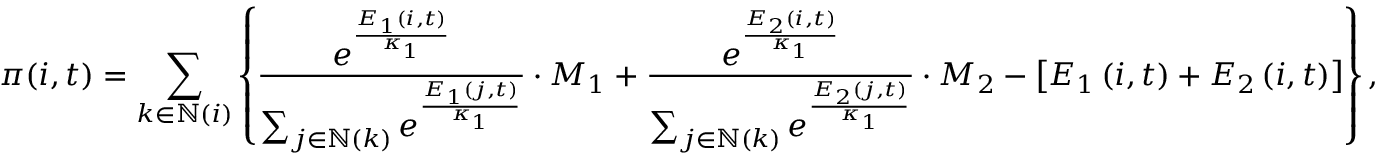
\pi ( i , t ) = \sum _ { k \in \mathbb { N } ( i ) } \left\{ \frac { e ^ { \frac { E _ { \scriptscriptstyle 1 } \left( i , t \right) } { \kappa _ { 1 } } } } { \sum _ { j \in \mathbb { N } \left( k \right) } e ^ { \frac { E _ { 1 } \left( j , t \right) } { \kappa _ { 1 } } } } \cdot M _ { 1 } + \frac { e ^ { \frac { E _ { \scriptscriptstyle 2 } \left( i , t \right) } { \kappa _ { 1 } } } } { \sum _ { j \in \mathbb { N } \left( k \right) } e ^ { \frac { E _ { 2 } \left( j , t \right) } { \kappa _ { 1 } } } } \cdot M _ { 2 } - \left[ E _ { 1 } \left( i , t \right) + E _ { 2 } \left( i , t \right) \right] \right\} ,